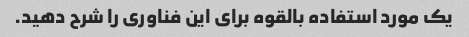
یک مورد استفاده بالقوه برای این فناوری را شرح دهید.